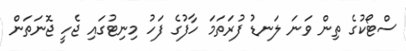
ސްޓޯކުގެ ތިން ވަނަ ލަނޑު ފުރަތަމަ ހާފުގެ ފަހު މިނިޓުގައި ޖެހީ ޖޮނަތަން